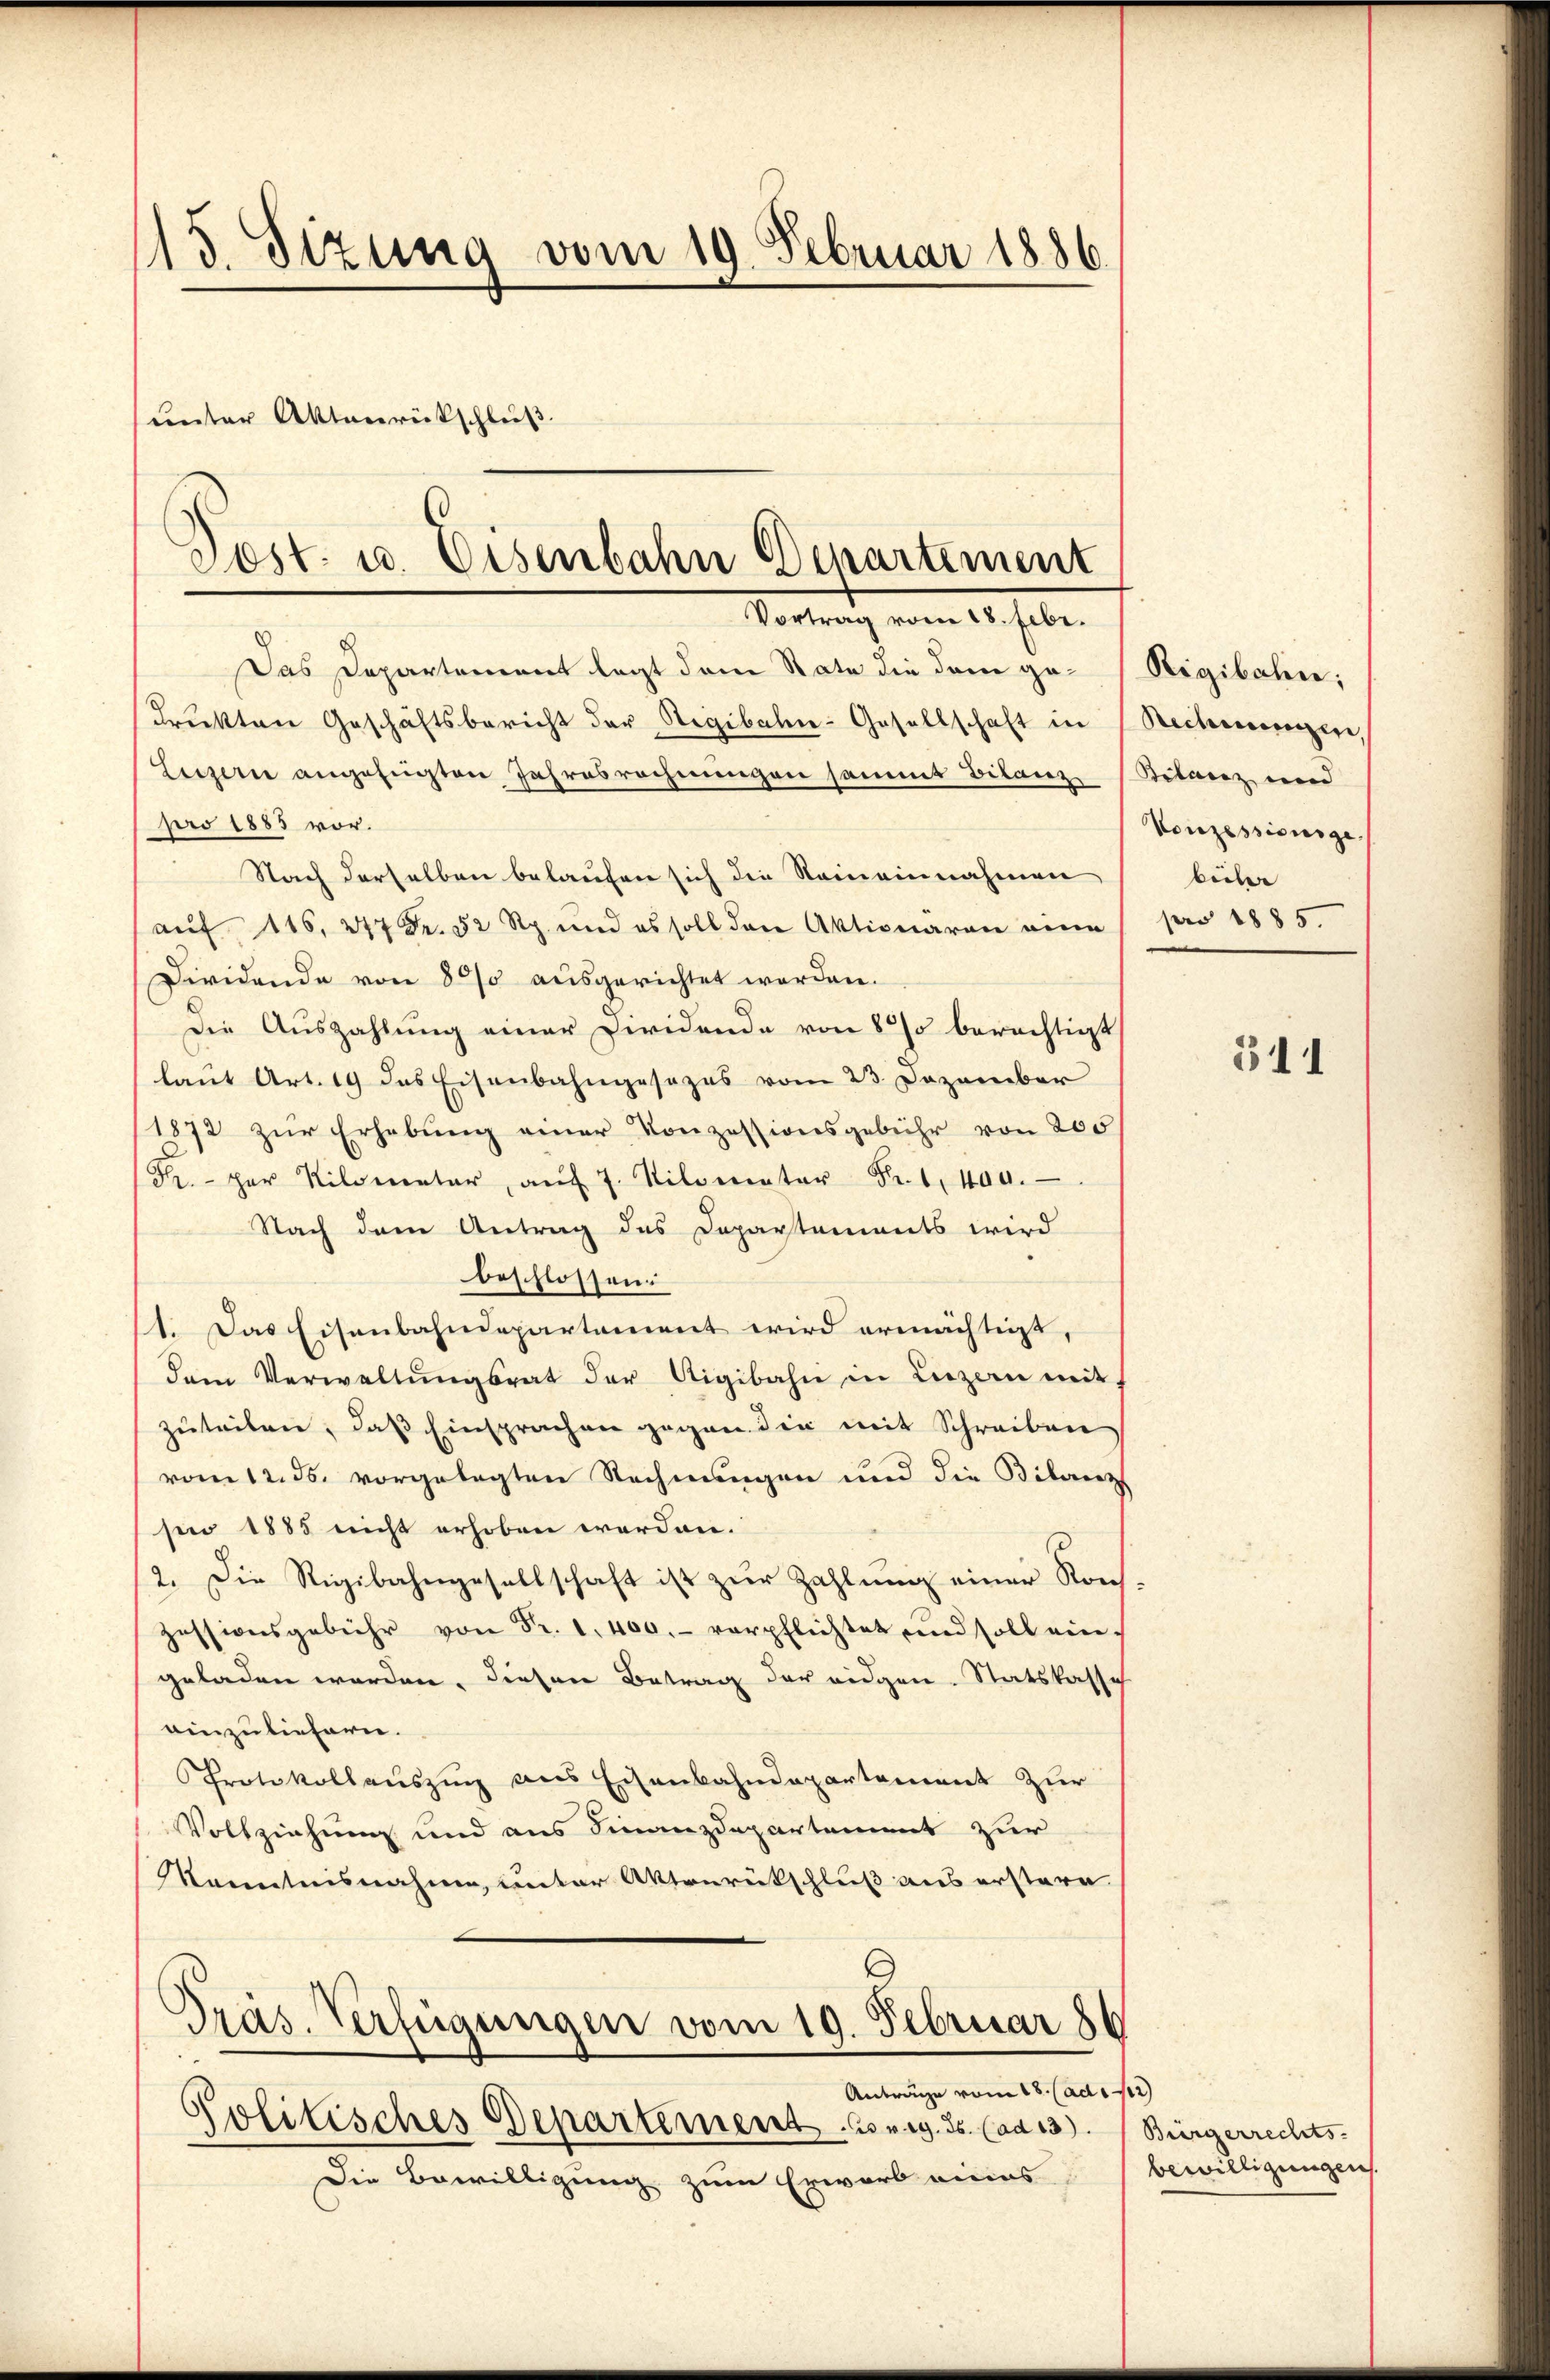
13. Sizung vom 19. Februar 1886.
unter Aktenrückschluß.

Das Departement legt dem Rate die dem gedrikten Geschäftsbericht der Regibahn-Gesellschaft in
Luzern angefügten Jahresrechnungen sammt Bilanz
pro 1885 vor.
Nach derselben belaufen sich die Reineinnahmen
auf 116, 247 Fr. 52 Rp. und es soll den Aktionaren ein
Dividende von 800 ausgerichtet worden.
die Auszahlung einer Dividende von 8 % berechtigt
laut Art. 19 das Eisenbahngesezes vom 23. Dezember
1872 zur Erhebung einer Konzessionsgebühr von 200
Fr. per Kilometer, aŭf 7. Nilometer Fr. 1400.
Nach dem Antrag des Departements wird
beschlossen:
1. Das Eisenbahndepartement wird ermächtigt,
dem Verwaltŭngsrat der Aigibahn in Luzern mit
zuteilen, daß Einsprachen gegen die mit Schreiben
vom 12. ds. vorgelegten Rechnungen und die Bilorenz
sen 1885 nicht erhoben werden.
2. Die Rigibahngesellschaft ist zur Zahlung einer Roch
zessionsgebühr von Fr. 1. 400.- verpflichtet und soll eingeladen werden, diesen Betrag der eidgen. Statskasse
einzuliefern.
Protokollauszug aus Eisenbahndepartement zur
Vollziehung und aus Finanzdepartement zur
kanntensnahme, unter Aktenrütschluß aus erstere
Präs. Verfügungen vom 19. Februar 186
Anträge vom 18. (ad 12
Politisches Departement. 3 weg. 25. (ad 13.
Die Bewilligung zum Erwarb eines

Post u. Eisenbahn Departement
Vortrag vom 18. Febr.

Rigibahn;
Rechnungen,
Bilanz und
Vonzessinnige
beile
pro 1885.

511

Bürgerrechts- |
bewilligungen.